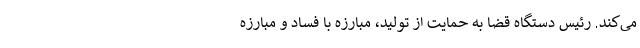
می‌کند. رئیس دستگاه قضا به حمایت از تولید، مبارزه با فساد و مبارزه